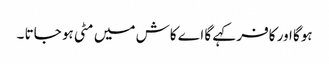
ہوگا اور کافر کہے گا اے کاش میں مٹی ہو جاتا ۔